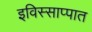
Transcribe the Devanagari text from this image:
इविस्साप्पात